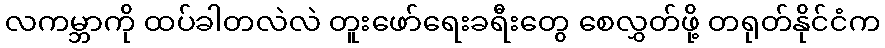
လကမ္ဘာကို ထပ်ခါတလဲလဲ တူးဖော်ရေးခရီးတွေ စေလွှတ်ဖို့ တရုတ်နိုင်ငံက